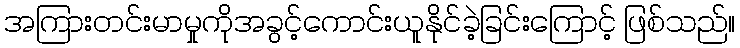
အကြားတင်းမာမှုကိုအခွင့်ကောင်းယူနိုင်ခဲ့ခြင်းကြောင့် ဖြစ်သည်။